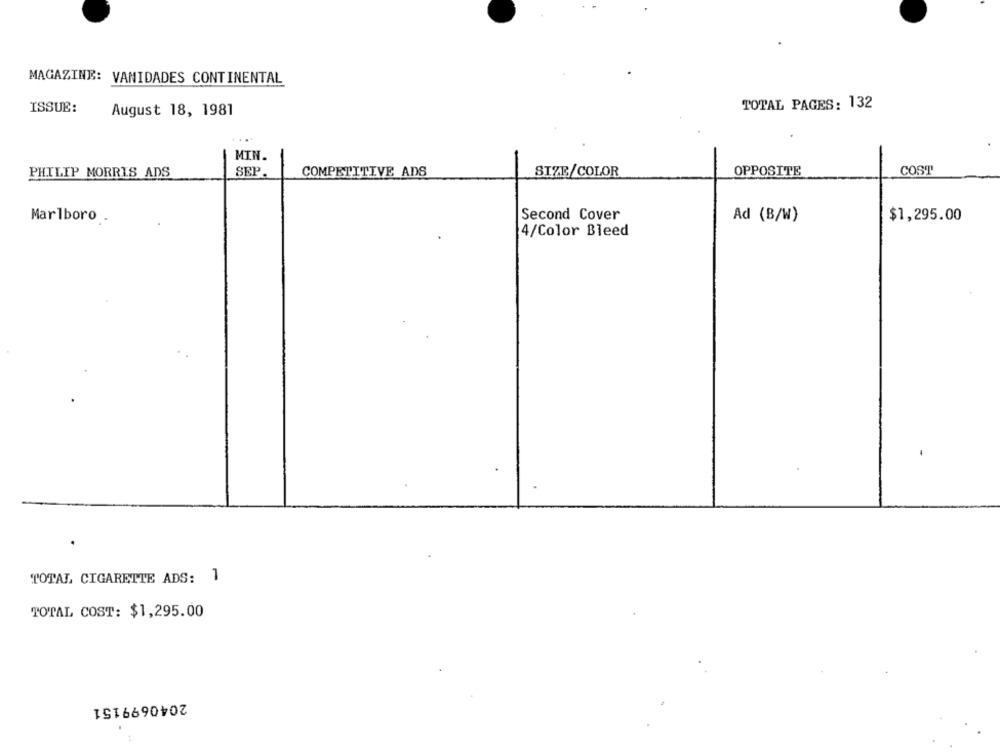
MAGAZINE: VANIDADES CONTINENTAL
TOTAL PAGES: 132
ISSUE:
August 18, 1981
...
MIN.
PHILIP MORRIS ADS
SEP.
COMPETITIVE ADS
SIZE/COLOR
OPPOSITE
COST
Marlboro .
Second Cover
Ad (B/W)
$1,295.00
4/Color Bleed
TOTAL CIGARETTE ADS: 1
TOTAL COST: $1,295.00
2040699151